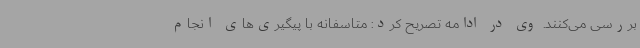
بررسی می‌کنند. وی در ادامه تصریح کرد: متاسفانه با پیگیری‌های انجام